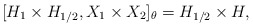
\begin{align*} [H_1 \times H_{1/2}, X_1 \times X_2 ]_{\theta} = H_{1/2} \times H,\end{align*}